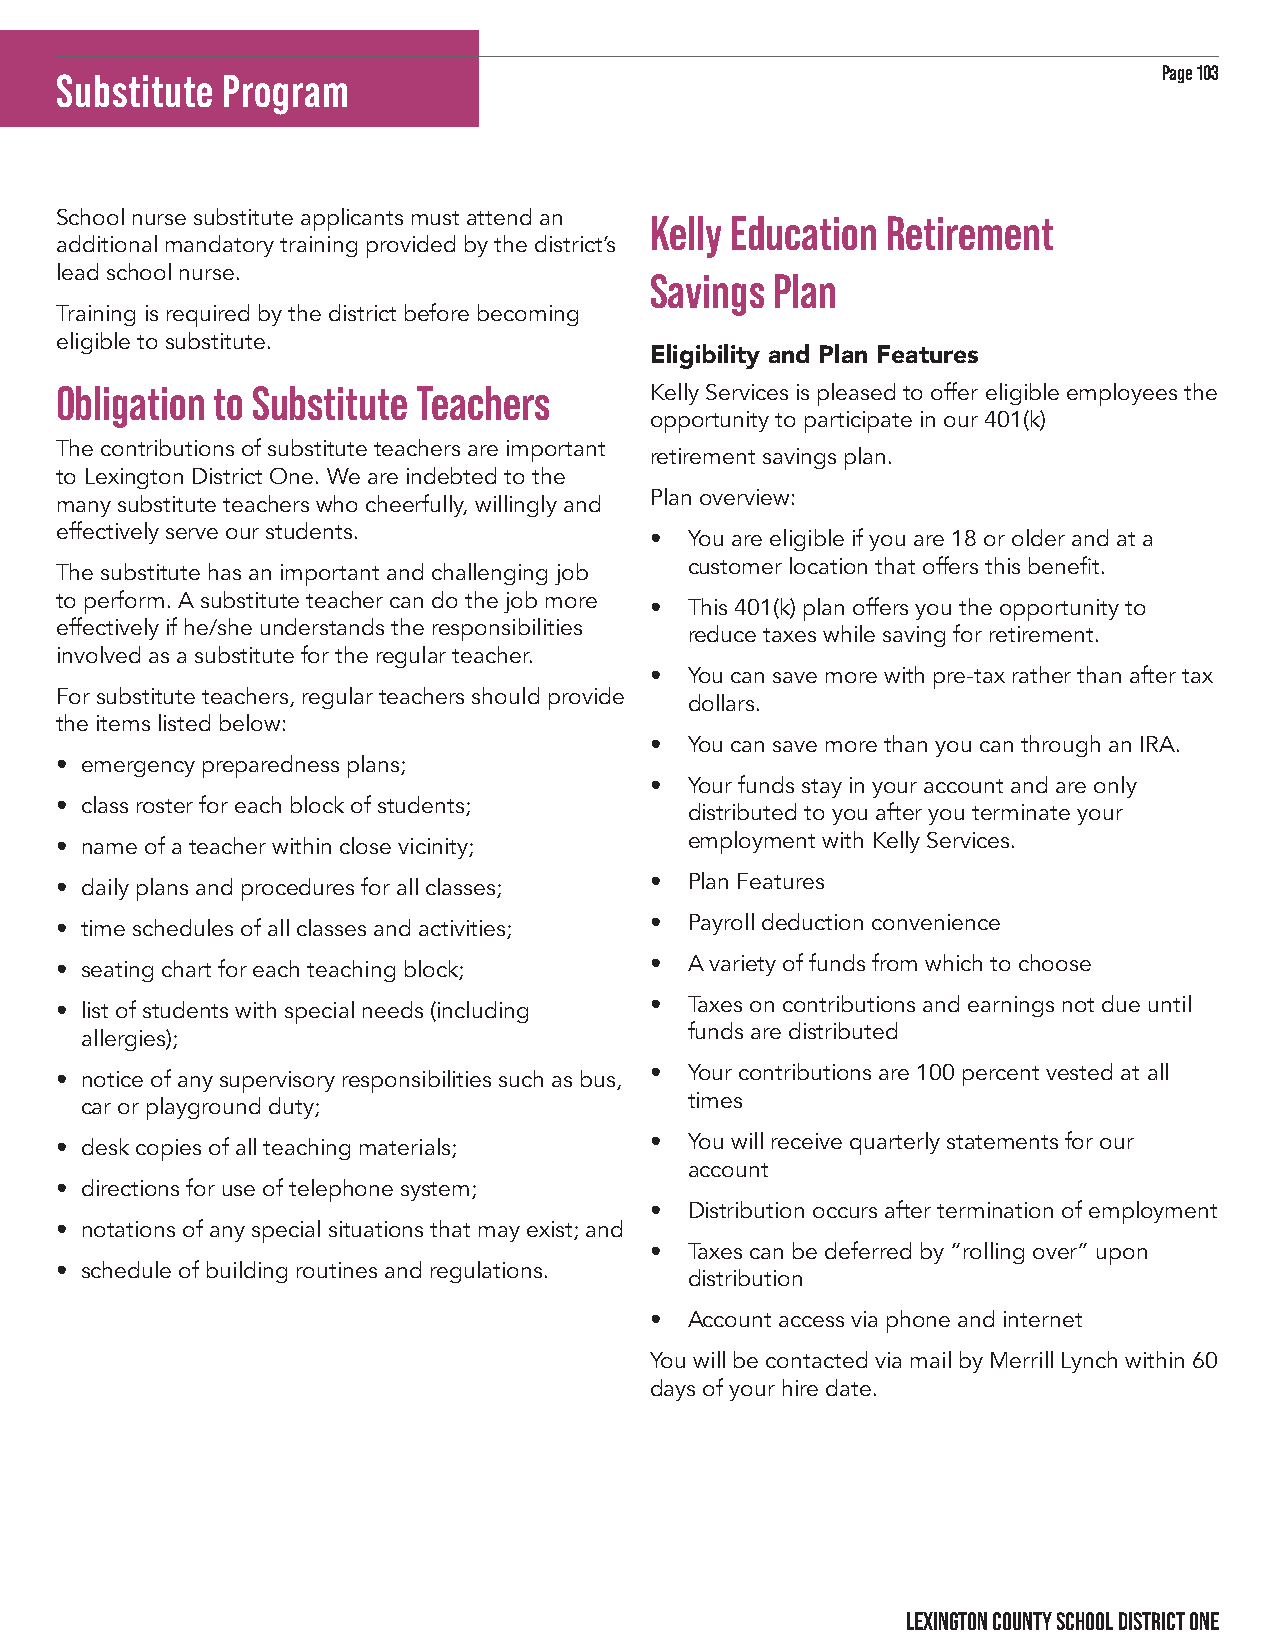
Page 103
 Substitute Program
 School nurse substitute applicants must attend an Kelly Education Retirement
 additional mandatory training provided by the district’s
 lead school nurse.                     Savings Plan
 Training is required by the district before becoming
 eligible to substitute.
 Eligibility and Plan Features
 Obligation to Substitute Teachers      Kelly Services is pleased to offer eligible employees the
 opportunity to participate in our 401(k)
 The contributions of substitute teachers are important
 retirement savings plan.
 to Lexington District One. We are indebted to the
 Plan overview:
 many substitute teachers who cheerfully, willingly and
 effectively serve our students.
 •  You are eligible if you are 18 or older and at a
 customer location that offers this benefit.
 The substitute has an important and challenging job
 to perform. A substitute teacher can do the job more
 •  This 401(k) plan offers you the opportunity to
 effectively if he/she understands the responsibilities
 reduce taxes while saving for retirement.
 involved as a substitute for the regular teacher.
 •  You can save more with pre-tax rather than after tax
 For substitute teachers, regular teachers should provide
 dollars.
 the items listed below:
 •  You can save more than you can through an IRA.
 • emergency preparedness plans;
 •  Your funds stay in your account and are only
 • class roster for each block of students;
 distributed to you after you terminate your
 employment with Kelly Services.
 • name of a teacher within close vicinity;
 •  Plan Features
 • daily plans and procedures for all classes;
 •  Payroll deduction convenience
 • time schedules of all classes and activities;
 •  A variety of funds from which to choose
 • seating chart for each teaching block;
 •  Taxes on contributions and earnings not due until
 • list of students with special needs (including
 funds are distributed
 allergies);
 •  Your contributions are 100 percent vested at all
 • notice of any supervisory responsibilities such as bus,
 times
 car or playground duty;
 •  You will receive quarterly statements for our
 • desk copies of all teaching materials;
 account
 • directions for use of telephone system;
 •  Distribution occurs after termination of employment
 • notations of any special situations that may exist; and
 •  Taxes can be deferred by “rolling over” upon
 • schedule of building routines and regulations.
 distribution
 •  Account access via phone and internet
 You will be contacted via mail by Merrill Lynch within 60
 days of your hire date.
 LEXINGTON COUNTY SCHOOL DISTRICT ONE